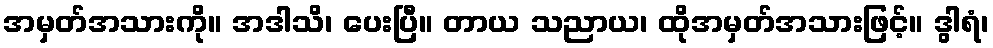
အမှတ်အသားကို။ အဒါသိ၊ ပေးပြီ။ တာယ သညာယ၊ ထိုအမှတ်အသားဖြင့်။ ဒွါရံ၊